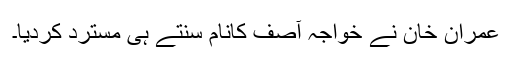
عمران خان نے خواجہ آصف کانام سنتے ہی مسترد کردیا۔